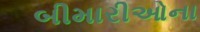
બીમારીઓના